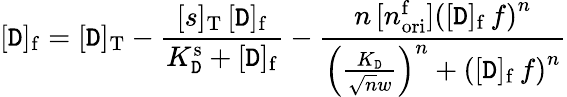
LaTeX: [\mathtt{D}]_{\mathrm{{f}}}=[\mathtt{D}]_{\mathrm{{T}}}-\frac{{[s]_{\mathrm{{T}}}\, [\mathtt{D}]_{\mathrm{{f}}}}}{{K_{\mathrm{{\mathtt{D}}}}^{\mathrm{{s}}}+[\mathtt{D}]_{\mathrm{{f}}}}}-\frac{{n\, [n_{\mathrm{{ori}}}^{\mathrm{{f}}}]\left([\mathtt{D}]_{\mathrm{{f}}}\, f\right)^{n}}}{{\left(\frac{{K_{\mathrm{{\mathtt{D}}}}}}{{\sqrt{{n}}{{w}}}}\right)^{n}+\left([\mathtt{D}]_{\mathrm{{f}}}\, f\right)^{n}}}